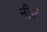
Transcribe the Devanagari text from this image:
नीसे